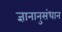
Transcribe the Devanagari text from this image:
ज्ञानानुसंधान